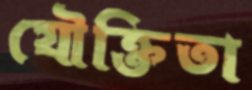
যৌক্তিতা